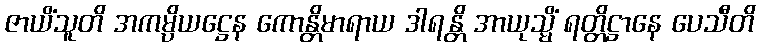
ဇာယိံသူတိ အကမ္ပိယဋ္ဌေန ကောန္တိမာရာယ ဒါရန္တိ အာယုသ္မိံ ရတ္တိဋ္ဌာနေ ပေသီတိ